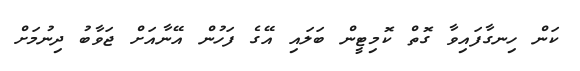
ކަން ހިނގާފައިވާ ގޮތް ކޮމިޓީން ބަލައި އޭގެ ފަހުން އޭނާއަށް ޖަވާބު ދިނުމަށް